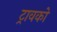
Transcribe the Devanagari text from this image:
ट्रावको